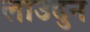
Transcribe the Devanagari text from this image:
लाउदुन